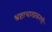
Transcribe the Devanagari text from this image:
भ्रष्टाचारप्रकरणी